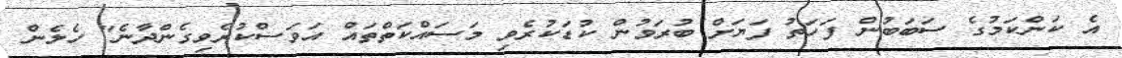
އެ ކަންކަމުގެ ސަބަބުން ފަހަތު ފަޔަށް ބުރަވުން ކުޑަަކުރެވި މަސައްކަތްތައް އަވަސްކުރެވިގެންދާނެ" ހެލެން